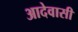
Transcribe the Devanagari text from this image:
आदेवासी